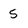
Character: 5